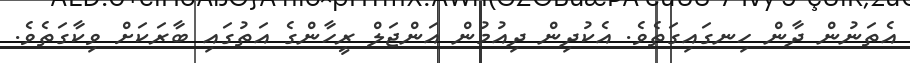
އެތަނުން ދާން ހިނގައިގަތެވެ. އެކުދިން ދިއުމުން އަންޖަލް ރީހާންގެ އަތުގައި ބާރަކަށް ވިކާގަތެވެ.